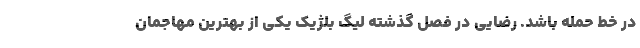
در خط حمله باشد. رضایی در فصل گذشته لیگ بلژیک یکی از بهترین مهاجمان